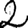
Digit: 2